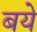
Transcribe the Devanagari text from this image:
बये